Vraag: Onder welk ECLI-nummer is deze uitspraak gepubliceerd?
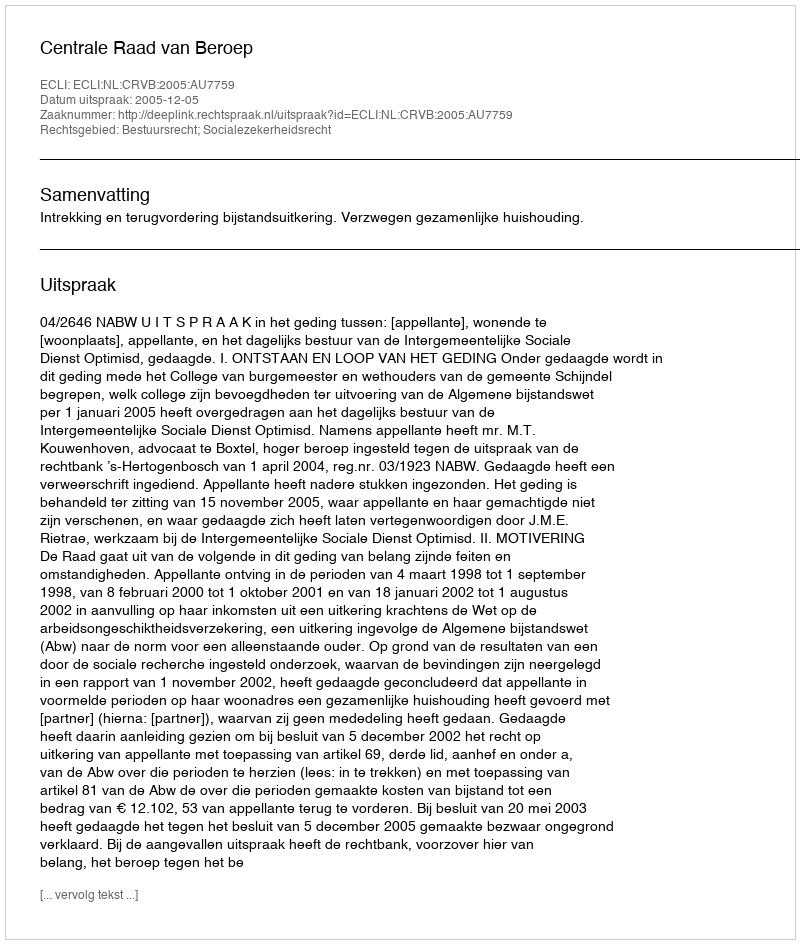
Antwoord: ECLI:NL:CRVB:2005:AU7759